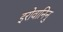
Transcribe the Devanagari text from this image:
इरोवानिनु